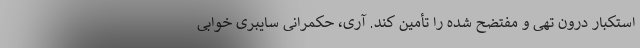
استکبارِ درون تهی و مفتضح شده را تأمین کند. آری، حکمرانیِ سایبری خوابی